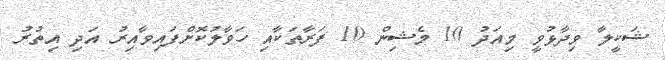
ޝަކީލާ ވިދާޅުވީ މިއަދު 10 މެޝިން 10 ފަރާތަކާއި ހަވާލުކޮށްފައިވާއިރު އަދި އިތުރު